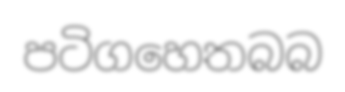
පටිගහෙතබබ